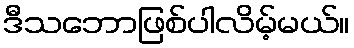
ဒီသဘောဖြစ်ပါလိမ့်မယ်။